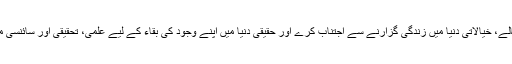
لہذا ضروری ہے کہ مسلمان اپنے آپ کو جمود و تعطل سے نکالے، خیالاتی دنیا میں زندگی گزارنے سے اجتناب کرے اور حقیقی دنیا میں اپنے وجود کی بقاء کے لیے علمی، تحقیقی اور سائنسی میدانوں میں اپنا کھویا ہوا بلند مقام ومرتبہ پھر سے حاصل کرے۔